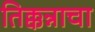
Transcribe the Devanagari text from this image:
तिक्कन्नाचा